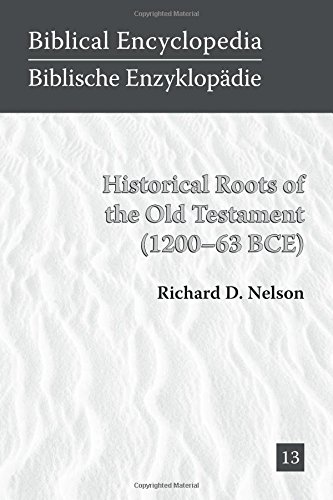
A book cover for Historical Roots of the Old Testament (1200-63 BCE) (Biblical Encyclopedia); Richard D. Nelson; Christian Books & Bibles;